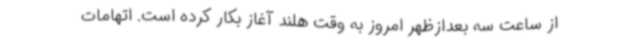
از ساعت سه بعدازظهر امروز به وقت هلند آغاز بکار کرده است. اتهامات